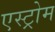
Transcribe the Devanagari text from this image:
एस्ट्रोम